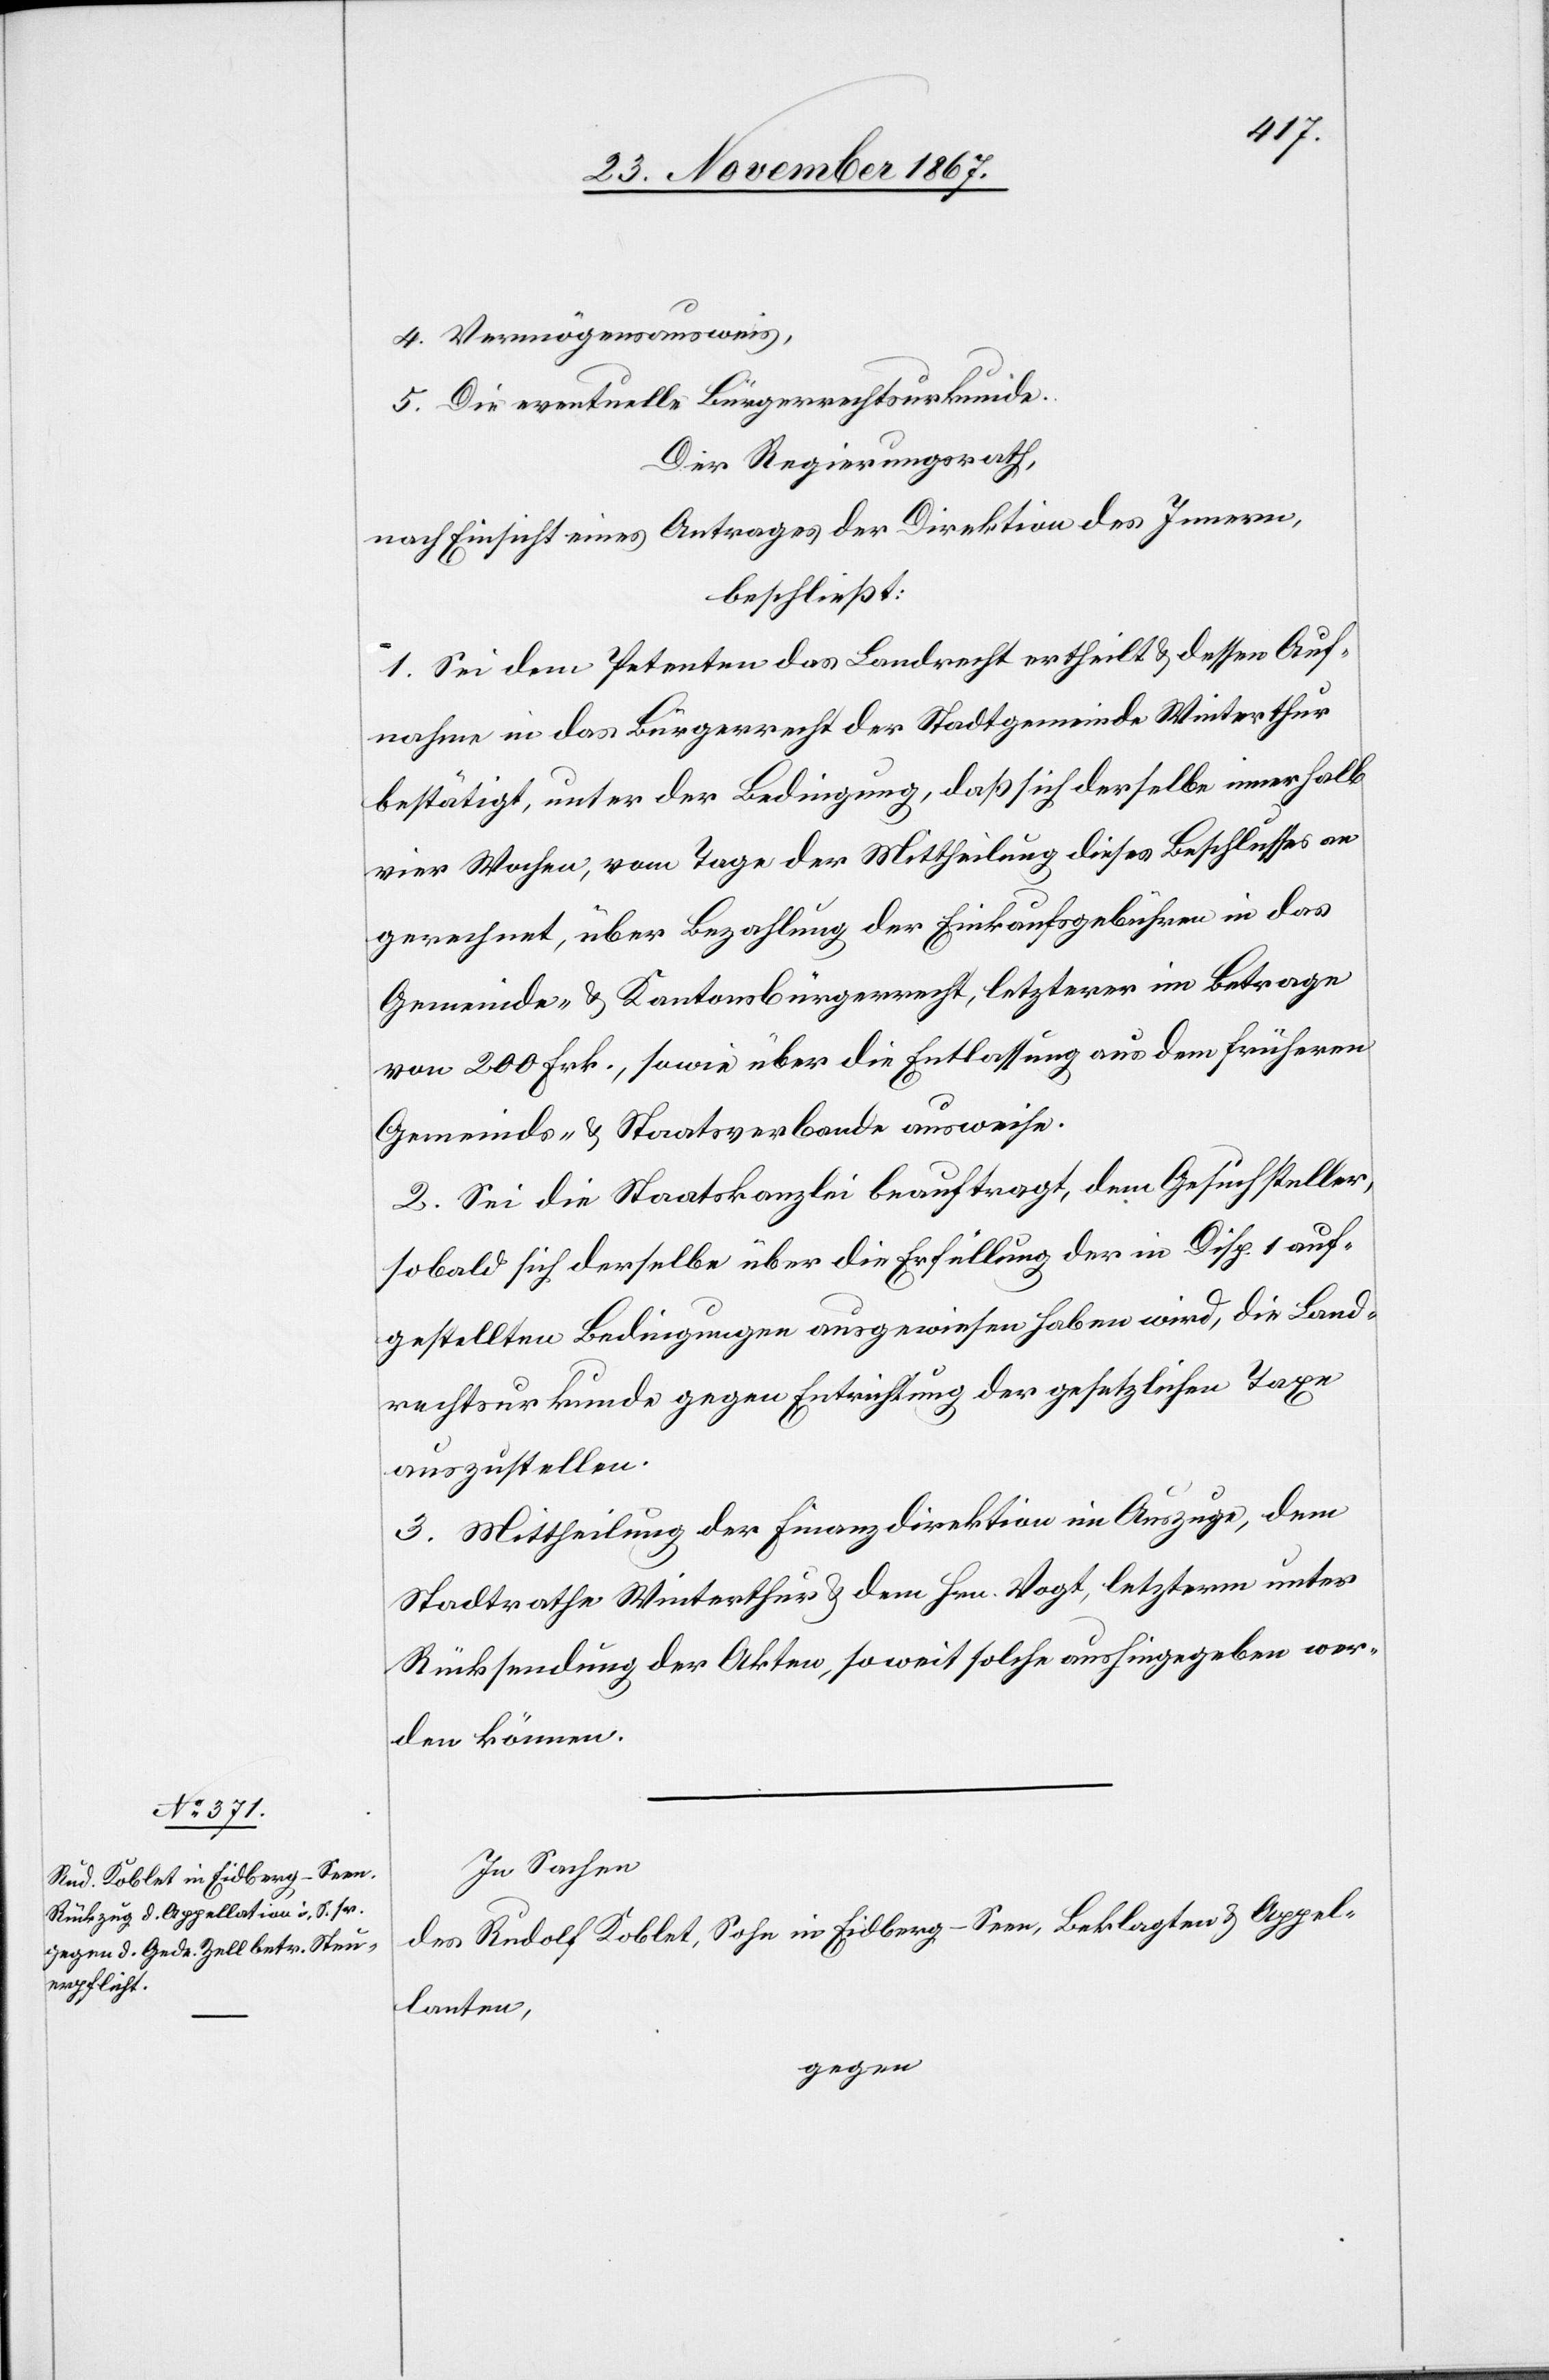
4. Vermögensausweis,
5. Die eventuelle Bürgerrechturkunde.
Der Regierungsrath,
nach Einsicht eines Antrages der Direktion des Innern,
beschließt:
1. Sei dem Petenten das Landrecht ertheilt u. dessen Auf¬
nahme in das Bürgerrecht der Stadtgemeinde Winterthur
bestätigt, unter der Bedingung, daß sich derselbe innerhalb
vier Wochen, vom Tage der Mittheilung dieses Beschlusses an
gerechnet, über Bezahlung der Einkaufsgebühren in das
Gemeinde- u. Kantonsbürgerrecht, letzterer im Betrage
von 200 Frk., sowie über die Entlassung aus dem früheren
Gemeinde- u. Staatsverbande ausweise.
2. Sei die Staatskanzlei beauftragt, dem Gesuchsteller,
sobald sich derselbe über die Erfüllung der in Disp. 1 auf¬
gestellten Bedingungen ausgewiesen haben wird, die Land¬
rechtsurkunde gegen Entrichtung der gesetzlichen Taxe
auszustellen.
3. Mittheilung der Finanzdirektion im Auszuge, dem
Stadtrathe Winterthur u. dem Hrn. Vogt, letzterm unter
Rücksendung der Akten, so weit solche aushingegeben wer¬
den können.
In Sachen
des Rudolf Koblet, Sohn in Eidberg-Seen, Beklagten u. Appel¬
lanten,
gegen